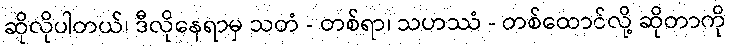
ဆိုလိုပါတယ်၊ ဒီလိုနေရာမှ သတံ - တစ်ရာ၊ သဟဿံ - တစ်ထောင်လို့ ဆိုတာကို